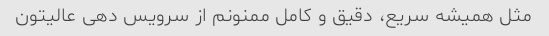
مثل همیشه سریع، دقیق و کامل ممنونم از سرویس دهی عالیتون